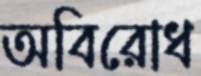
অবিরোধ